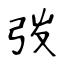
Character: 弢